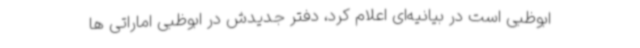
ابوظبی است در بیانیه‌ای اعلام کرد، دفتر جدیدش در ابوظبی اماراتی ها